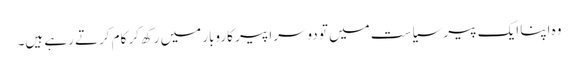
وہ اپنا ایک پیر سیاست میں تو دوسرا پیر کاروبار میں رکھ‌کر کام کرتے رہے ہیں۔